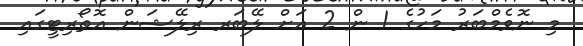
މި ނޮވެމްބަރު މަހުގެ 1 ން 2 އަށް ލޭބަރ ރިލޭޝަން އޮތޯރިޓީގައި